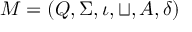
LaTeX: \varphi = g \, d x ^ { I } = g \, d x ^ { i _ { 1 } } \wedge d x ^ { i _ { 2 } } \wedge \cdots \wedge d x ^ { i _ { k } }